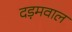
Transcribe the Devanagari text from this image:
दड़मवाल